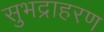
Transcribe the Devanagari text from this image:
सुभद्राहरण